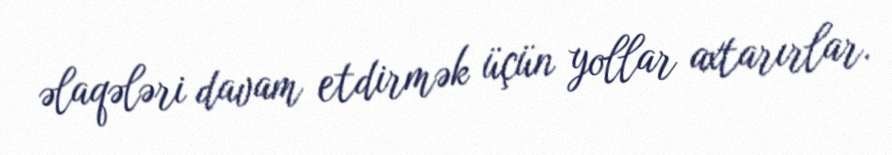
əlaqələri davam etdirmək üçün yollar axtarırlar.